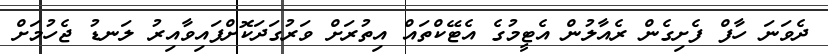
ދެވަނަ ހާފް ފެށިގެން ރެއާލުން އެޓީމުގެ އެޓޭކްތައް އިތުރަށް ވަރުގަދަކޮށްފައިވާއިރު ލަނޑު ޖެހުމަށް